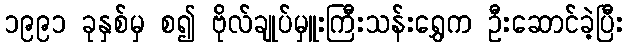
၁၉၉၁ ခုနှစ်မှ စ၍ ဗိုလ်ချုပ်မှူးကြီးသန်းရွှေက ဦးဆောင်ခဲ့ပြီး